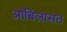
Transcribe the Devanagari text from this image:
ओबिलासत